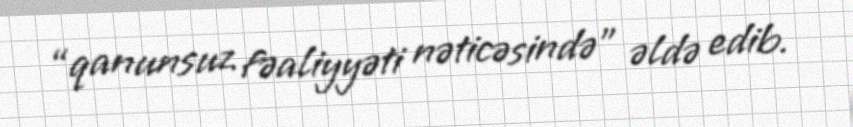
“qanunsuz fəaliyyəti nəticəsində” əldə edib.